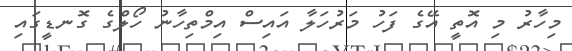
މިހާރު މި އޮތީ އޭގެ ފަހު މަރުހަލާ އައިސް އިމްތިހާނު ހޯލްގެ ގޮނޑީގައި